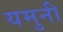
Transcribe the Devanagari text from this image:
यमुनी